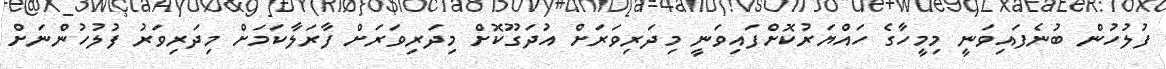
ފުލުހުން ބުނެފައިވަނީ މިމީހާގެ ހައްޔަރުކޮށްފައިވަނީ މިދަރިވަރަށް އުދަގޫކޮށް މިދަރިވަރަށް ފާރަލާކަމަށް މިދަރިވަރު ފުލުހުންނަށް